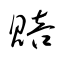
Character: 賠